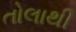
તોલાથી